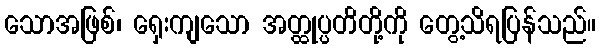
သောအဖြစ်၊ ရှေးကျသော အတ္ထုပ္ပတိတို့ကို တွေ့သိရပြန်သည်။